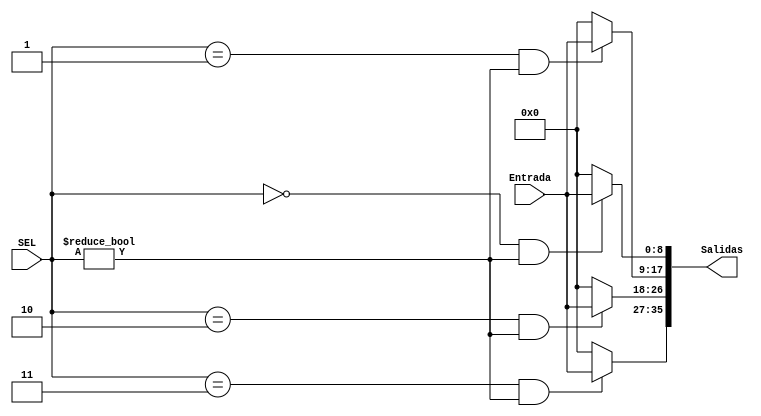
module demultiplexor #(parameter ANCHO=8+1,N=2)(

input [ANCHO-1:0] Entrada,
input [N-1:0] SEL,
output reg [(2**N)*ANCHO-1:0] Salidas  //Las salidas se concatenan en una sola variable {Salida2^N-1,Salida2^N-2,...,Salida1,Salida0}

);


integer i;
always @(*) begin

    for (i=0;i<2**N;i=i+1) begin
        Salidas [ANCHO*i +:ANCHO]=0;
        if (SEL==i&SEL!=0)  Salidas [ANCHO*i+:ANCHO]=Entrada;
        
    end
        
end



endmodule